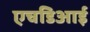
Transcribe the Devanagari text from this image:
एचडिआई